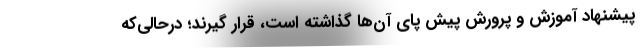
پیشنهاد آموزش و پرورش پیش پای آن‌ها گذاشته است، قرار گیرند؛ درحالی‌که